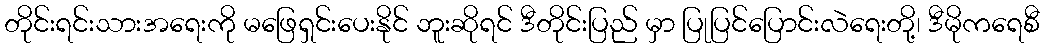
တိုင်းရင်းသားအရေးကို မဖြေရှင်းပေးနိုင် ဘူးဆိုရင် ဒီတိုင်းပြည် မှာ ပြုပြင်ပြောင်းလဲရေးတို့၊ ဒီမိုကရေစီ